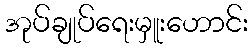
အုပ်ချုပ်ရေးမှူးဟောင်း